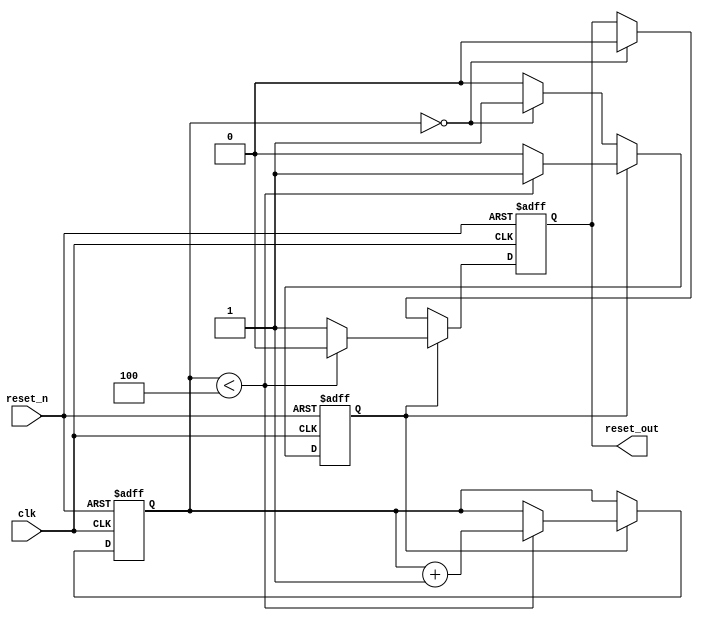
module PowerOnReset (
    input wire clk,          // Clock signal
    input wire reset_n,     // Active-low reset signal
    output reg reset_out     // Output reset signal
);

    // Parameter for the duration of the power-on reset in clock cycles
    parameter RESET_DURATION = 5; // Adjust as needed

    // Internal counter to track the duration of the reset
    reg [3:0] counter; // 4-bit counter to count up to RESET_DURATION
    reg por_active;    // Indicates if power-on reset is active

    // State machine for managing reset state
    always @(posedge clk or negedge reset_n) begin
        if (!reset_n) begin
            // If reset_n is asserted, reset the output and counter
            reset_out <= 1'b0;
            counter <= 0;
            por_active <= 1'b0;
        end else begin
            if (por_active) begin
                // If power-on reset is active, count until the duration expires
                if (counter < RESET_DURATION - 1) begin
                    counter <= counter + 1;
                    reset_out <= 1'b0; // Keep reset_out low
                end else begin
                    reset_out <= 1'b1; // Release reset after duration
                    por_active <= 1'b0; // Deactivate power-on reset
                end
            end else begin
                // If power-on reset is not active, check if we need to start it
                if (counter == 0) begin
                    por_active <= 1'b1; // Start power-on reset
                    reset_out <= 1'b0;  // Assert reset_out low
                end
            end
        end
    end

    // Initial block to set the initial state
    initial begin
        reset_out = 1'b1; // Initialize reset_out to high
        counter = 0;      // Initialize counter to 0
        por_active = 1'b0; // Initially, power-on reset is not active
    end

endmodule